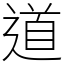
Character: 道